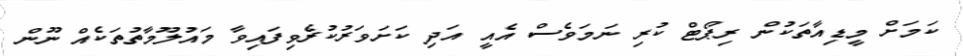
ކަމަށް މީޑިއާތަކުން ރިޕޯޓް ކުރި ނަމަވެސް އެއީ އަދި ކަށަވަރުކުރެވިފައިވާ މައުލޫމާތުތަކެއް ނޫން